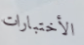
الأختبارات